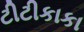
ટીટીકાકા